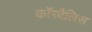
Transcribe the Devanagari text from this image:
कॉरवैलिस